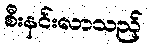
စီးနင်းလာသည့်